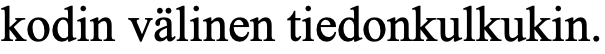
kodin välinen tiedonkulkukin.